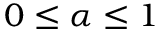
0 \leq \alpha \leq 1